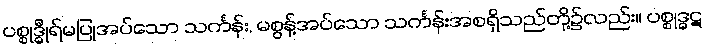
ပစ္စုဒ္ဓီုရ်မပြုအပ်သော သင်္ကန်း, မစွန့်အပ်သော သင်္ကန်းအစရှိသည်တို့၌လည်း။ ပစ္စုဒ္ဓဋ